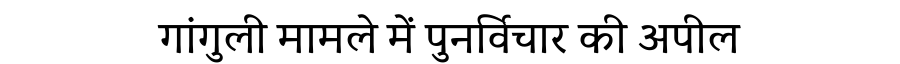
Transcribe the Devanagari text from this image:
गांगुली मामले में पुनर्विचार की अपील